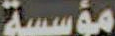
مؤسسة